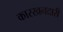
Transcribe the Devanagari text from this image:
कारखनदारी